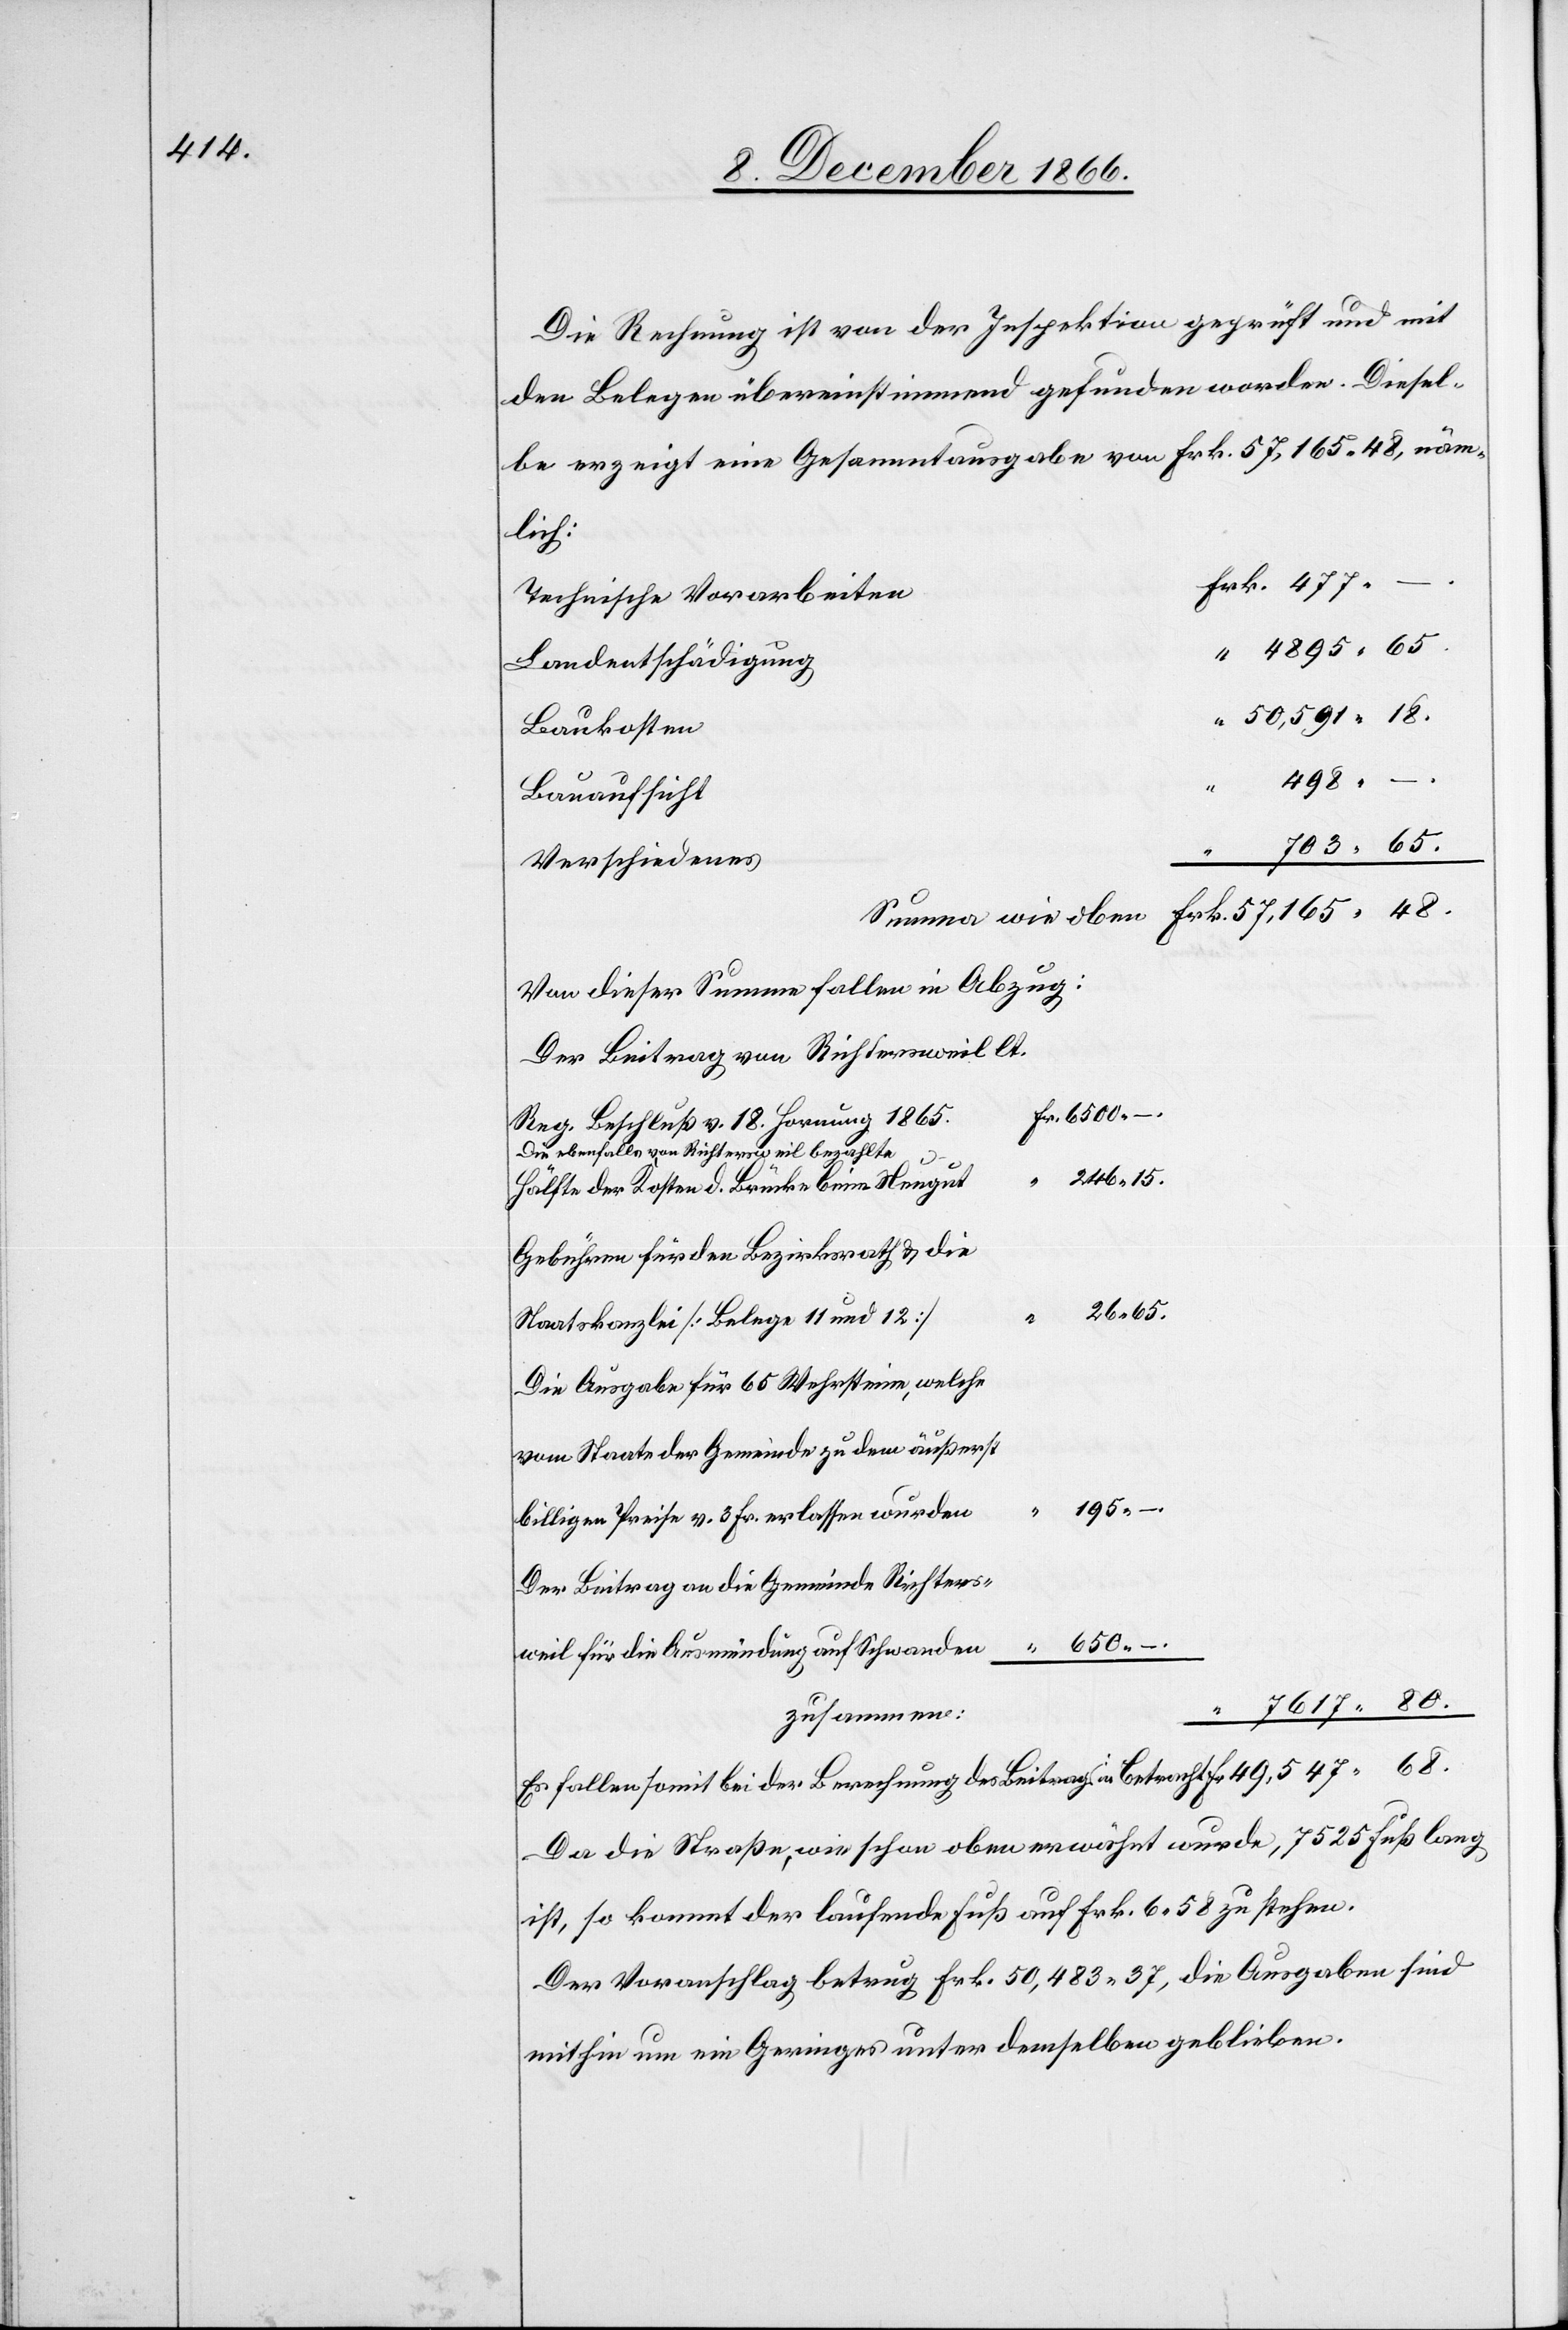
477.

Die Rechnung ist von der Inspektion geprüft und mit
den Belegen übereinstimmend gefunden worden. Diesel¬
be erzeigt eine Gesammtausgabe von Frk. 57 165.48, näm¬
lich:
68.
Technische Vorarbeiten
Landentschädigung
Baukosten
498.
Bauaufsicht
–.
Verschiedenes
Von dieser Summe fallen in Abzug:
Der Beitrag von Richtersweil lt.
Reg. Beschluß v. 18. Hornung 1865.
Die ebenfalls von Richtersweil bezahlte
246.
Hälfte der Kosten d. Brücke beim Neugut
Gebühren für den Bezirksrath & die
Staatskanzlei [Belege 11 und 12]
Die Ausgabe für 65 Wehrsteine, welche
vom Staate der Gemeinde zu dem äußerst
195.
billigen Preise v. 3 Fr. erlassen wurden
Der Beitrag an die Gemeinde Richters-
weil für die Ausmündung auf Schwanden
zusammen:
Es fallen somit bei der Berechnung des Beitrags in Betracht: Fr.
Da die Straße, wie schon oben erwähnt wurde, 7525 Fuß lang
ist, so kommt der laufende Fuß auf Frk. 6.58 zu stehen.
Der Voranschlag betrug Frk. 50 483.37, die Ausgaben sind
mithin um ein Geringes unter demselben geblieben.